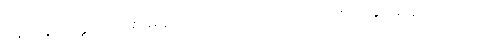
ရန်ကုန်တက္ကသိုလ်မှာ မနုဿဗေဒဘာသာရပ်ကို အစပျိုးနိုင်အောင်လည်း